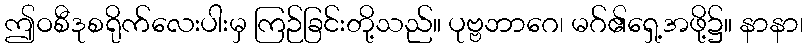
ဤဝစီဒုစရိုက်လေးပါးမှ ကြဉ်ခြင်းတို့သည်။ ပုဗ္ဗဘာဂေ၊ မဂ်၏ရှေ့အဖို့၌။ နာနာ၊